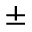
\pm